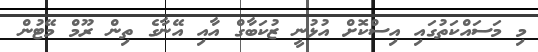
މި މަސައްކަތުގައި އިސްކޮށް އުޅުނީ ޒުކަބާގް އާއި އޭނާގެ ތިން ރޫމް މޭޓުން